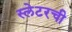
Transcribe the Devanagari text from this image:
स्लेटरची